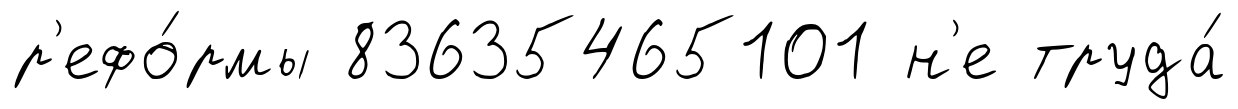
р'ефо́рмы 83635465101 н'е труда́